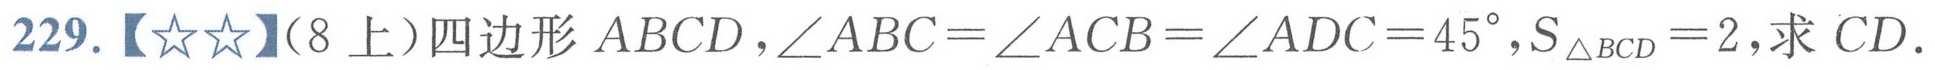
229.【★★】（8上）四边形\(ABCD\)，\(\angle ABC = \angle ACB = \angle ADC = 45^{\circ}\)，\(S_{\triangle BCD}=2\)，求 \(CD\)。